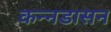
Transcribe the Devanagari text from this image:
कन्नडासन